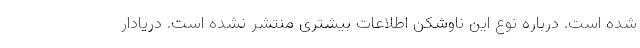
شده است. درباره نوع این ناوشکن اطلاعات بیشتری منتشر نشده است. دریادار